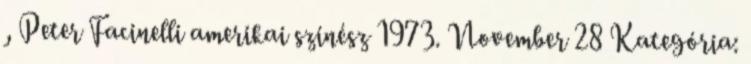
, Peter Facinelli amerikai színész 1973. November 28 Kategória: